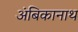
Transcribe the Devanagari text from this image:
अंबिकानाथ